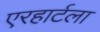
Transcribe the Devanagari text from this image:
एरहार्टला